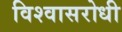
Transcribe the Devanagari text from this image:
विश्‍वासरोधी